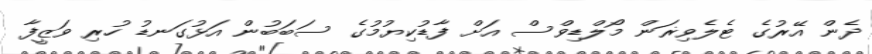
ދެން އޭރުގެ ޓެލެވިޜަން މޯލްޑިވްސް އަށް ފާޑުކިޔުމުގެ ސަބަބުން އަޅުގަނޑު ހުރި ވަޒީފާ